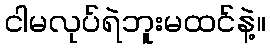
ငါမလုပ်ရဲဘူးမထင်နဲ့။